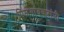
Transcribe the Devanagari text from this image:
पिळगांवकरांनी